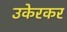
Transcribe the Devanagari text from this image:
उकेरकर